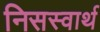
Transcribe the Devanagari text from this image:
निसस्वार्थ